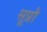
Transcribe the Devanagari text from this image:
सूप्रौ